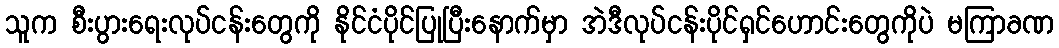
သူက စီးပွားရေးလုပ်ငန်းတွေကို နိုင်ငံပိုင်ပြုပြီးနောက်မှာ အဲဒီလုပ်ငန်းပိုင်ရှင်ဟောင်းတွေကိုပဲ မကြာခဏ